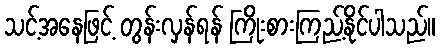
သင့်အနေဖြင့် တွန်းလှန်ရန် ကြိုးစားကြည့်နိုင်ပါသည်။